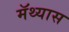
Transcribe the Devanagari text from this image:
मॅथ्यास